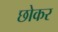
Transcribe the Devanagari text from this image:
छोकर